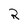
Character: R